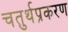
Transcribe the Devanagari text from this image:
चतुर्थप्रकरण